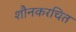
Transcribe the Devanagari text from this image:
शौनकरचित